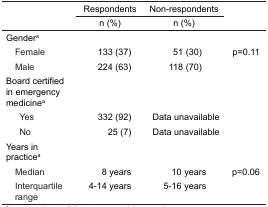
| <ROWSPAN=3>  | Respondents | Non-respondents | <ROWSPAN=3>  |
 | n (%) | n (%) |
 | --- | --- | --- | --- |
 | Gendera |  |  |  |
 | Female | 133 (37) | 51 (30) | p=0.11 |
 | Male | 224 (63) | 118 (70) |  |
 | Board certified in emergency medicinea |  |  |  |
 | Yes | 332 (92) | Data unavailable |  |
 | No | 25 (7) | Data unavailable |  |
 | Years in practicea |  |  |  |
 | Median | 8 years | 10 years | p=0.06 |
 | Interquartile range | 4–14 years | 5–16 years |  |